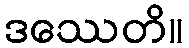
ဒဿေတိ။